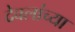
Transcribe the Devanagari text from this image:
देवलांच्या